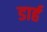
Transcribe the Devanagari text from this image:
डार्ह